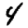
Digit: 4